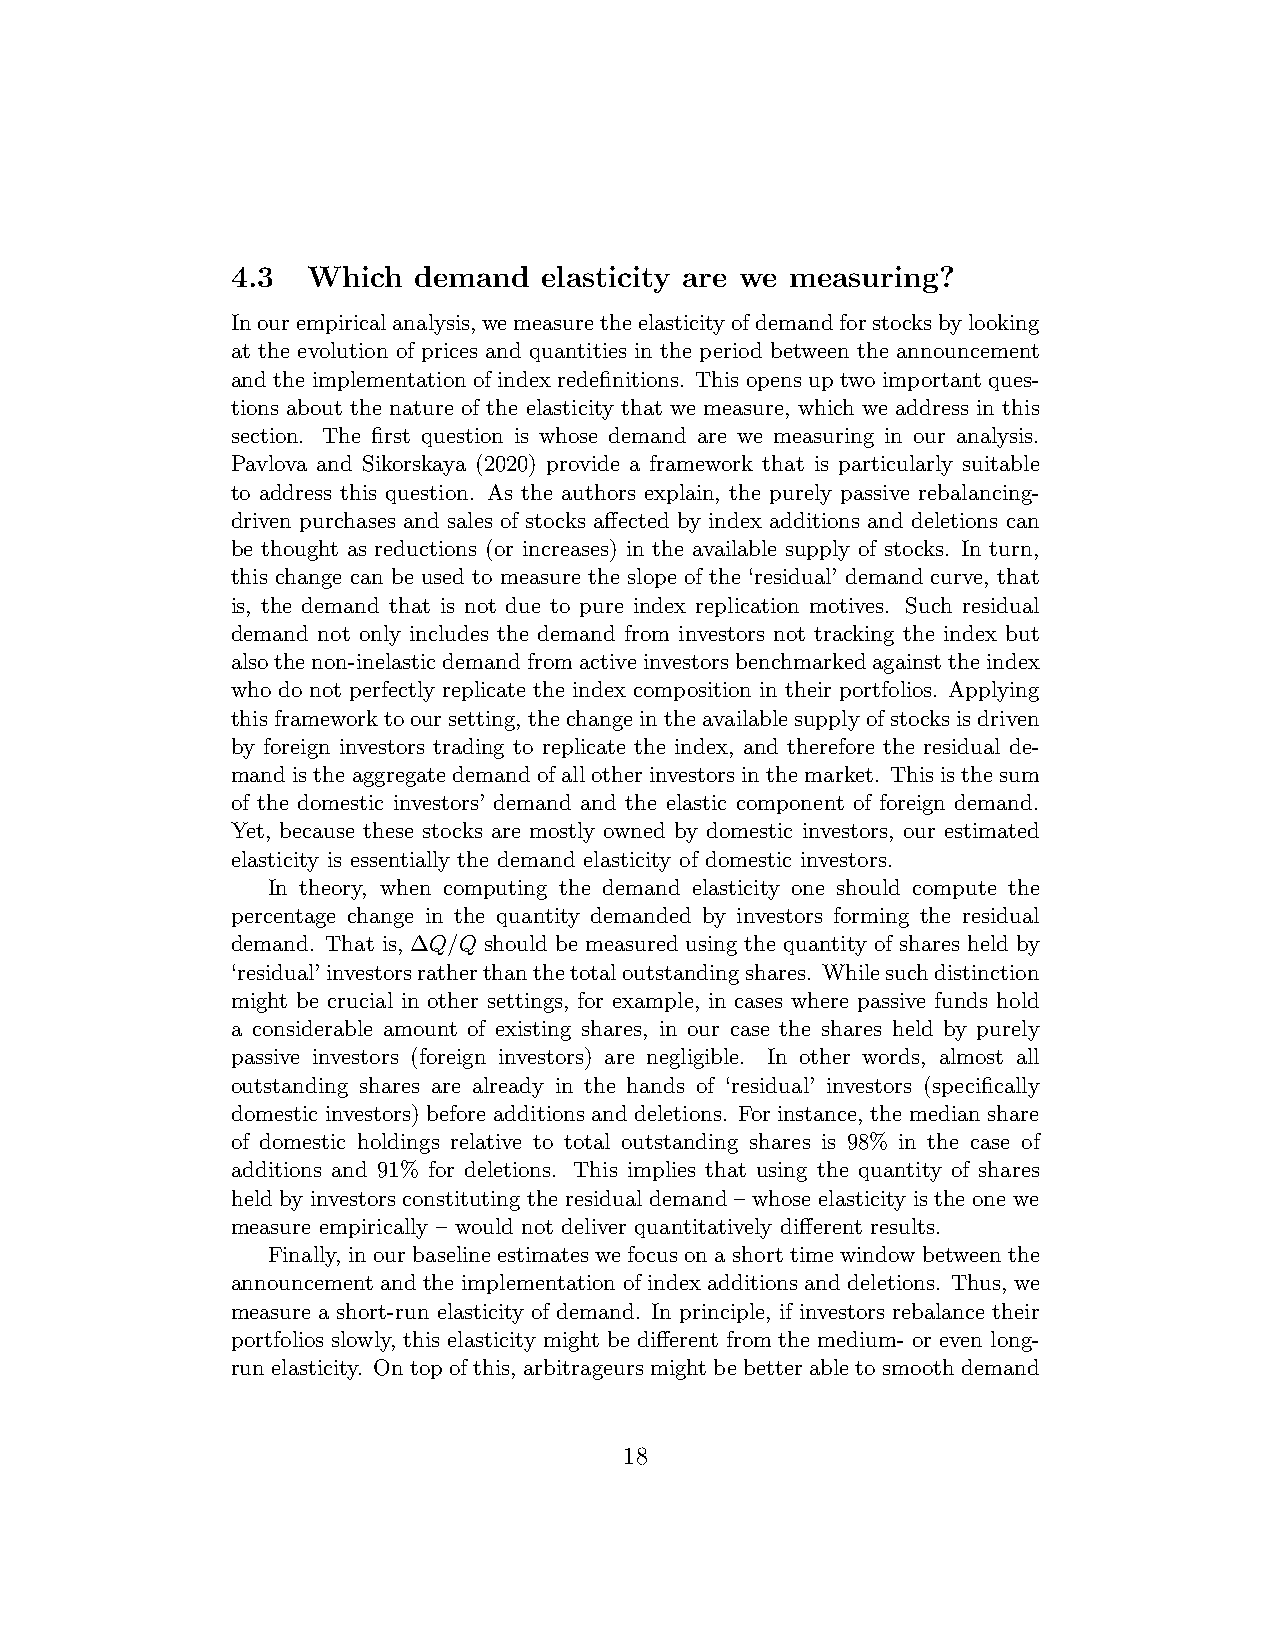
4.3  Which  demand   elasticity are we measuring?
 Inourempiricalanalysis,wemeasuretheelasticityofdemandforstocksbylooking
 at the evolution of prices and quantities in the period between the announcement
 and the implementation of index redefinitions. This opens up two important ques-
 tions about the nature of the elasticity that we measure, which we address in this
 section. The first question is whose demand are we measuring in our analysis.
 Pavlova and Sikorskaya (2020) provide a framework that is particularly suitable
 to address this question. As the authors explain, the purely passive rebalancing-
 driven purchases and sales of stocks affected by index additions and deletions can
 be thought as reductions (or increases) in the available supply of stocks. In turn,
 this change can be used to measure the slope of the ‘residual’ demand curve, that
 is, the demand that is not due to pure index replication motives. Such residual
 demand not only includes the demand from investors not tracking the index but
 alsothenon-inelasticdemandfromactiveinvestorsbenchmarkedagainsttheindex
 who do not perfectly replicate the index composition in their portfolios. Applying
 thisframeworktooursetting, thechangeintheavailablesupplyofstocksisdriven
 by foreign investors trading to replicate the index, and therefore the residual de-
 mandistheaggregatedemandofallotherinvestorsinthemarket. Thisisthesum
 of the domestic investors’ demand and the elastic component of foreign demand.
 Yet, because these stocks are mostly owned by domestic investors, our estimated
 elasticity is essentially the demand elasticity of domestic investors.
 In theory, when computing the demand elasticity one should compute the
 percentage change in the quantity demanded by investors forming the residual
 demand. That is, ∆Q/Q should be measured using the quantity of shares held by
 ‘residual’investorsratherthanthetotaloutstandingshares. Whilesuchdistinction
 might be crucial in other settings, for example, in cases where passive funds hold
 a considerable amount of existing shares, in our case the shares held by purely
 passive investors (foreign investors) are negligible. In other words, almost all
 outstanding shares are already in the hands of ‘residual’ investors (specifically
 domestic investors) before additions and deletions. For instance, the median share
 of domestic holdings relative to total outstanding shares is 98% in the case of
 additions and 91% for deletions. This implies that using the quantity of shares
 held by investors constituting the residual demand – whose elasticity is the one we
 measure empirically – would not deliver quantitatively different results.
 Finally, in our baseline estimates we focus on a short time window between the
 announcement and the implementation of index additions and deletions. Thus, we
 measure a short-run elasticity of demand. In principle, if investors rebalance their
 portfolios slowly, this elasticity might be different from the medium- or even long-
 run elasticity. On top of this, arbitrageurs might be better able to smooth demand
 18